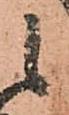
候